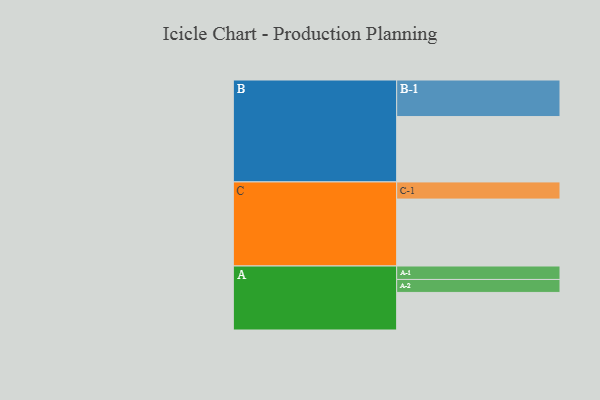
{"axis": {"x": "Segment", "y": "Value"}, "legend": ["", "A", "B", "C"], "data": [{"x": "A", "y": 307, "type": ""}, {"x": "B", "y": 534, "type": ""}, {"x": "C", "y": 547, "type": ""}, {"x": "A-1", "y": 110, "type": "A"}, {"x": "A-2", "y": 106, "type": "A"}, {"x": "B-1", "y": 299, "type": "B"}, {"x": "C-1", "y": 140, "type": "C"}]}